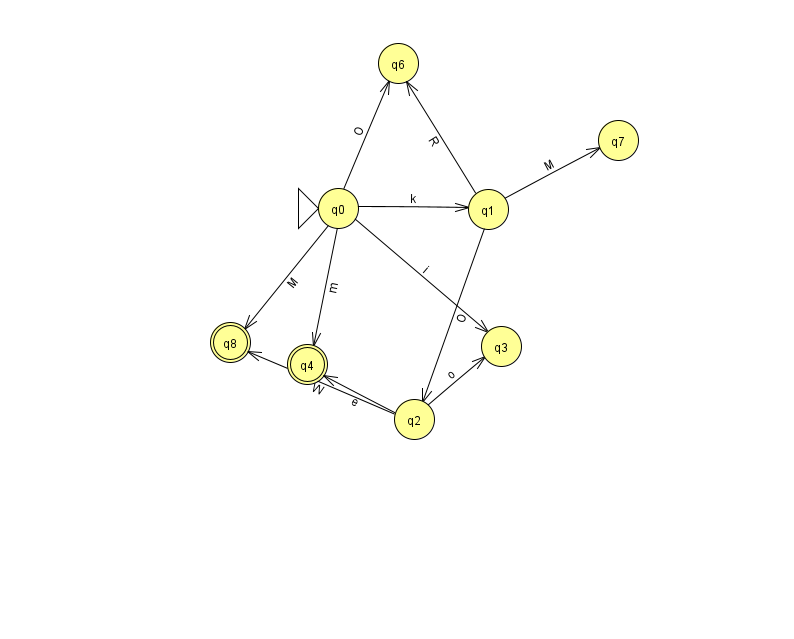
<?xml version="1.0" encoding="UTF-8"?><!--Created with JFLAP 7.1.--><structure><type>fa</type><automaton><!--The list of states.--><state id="0" name="q0"><x>338.0</x><y>195.0</y><initial/></state><state id="1" name="q1"><x>488.0</x><y>196.0</y></state><state id="2" name="q2"><x>414.0</x><y>406.0</y></state><state id="3" name="q3"><x>501.0</x><y>333.0</y></state><state id="4" name="q4"><x>307.0</x><y>351.0</y><final/></state><state id="6" name="q6"><x>398.0</x><y>50.0</y></state><state id="7" name="q7"><x>618.0</x><y>127.0</y></state><state id="8" name="q8"><x>230.0</x><y>329.0</y><final/></state><!--The list of transitions.--><transition><from>0</from><to>3</to><read>i</read></transition><transition><from>0</from><to>4</to><read>m</read></transition><transition><from>0</from><to>1</to><read>k</read></transition><transition><from>2</from><to>4</to><read>e</read></transition><transition><from>1</from><to>2</to><read>O</read></transition><transition><from>1</from><to>7</to><read>M</read></transition><transition><from>0</from><to>8</to><read>M</read></transition><transition><from>2</from><to>8</to><read>W</read></transition><transition><from>0</from><to>6</to><read>O</read></transition><transition><from>1</from><to>6</to><read>R</read></transition><transition><from>2</from><to>3</to><read>o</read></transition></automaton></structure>